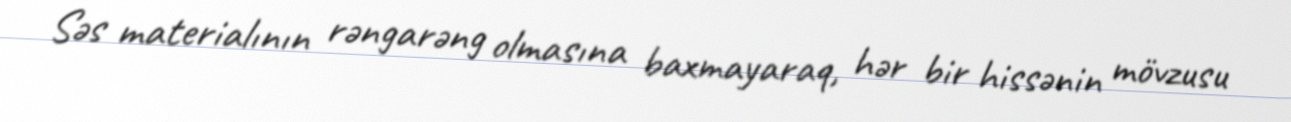
Səs materialının rəngarəng olmasına baxmayaraq, hər bir hissənin mövzusu